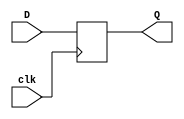
`timescale 1ns / 1ps
//////////////////////////////////////////////////////////////////////////////////
// Company: 
// Engineer: 
// 
// Design Name: 
// Module Name: D_FF_pos
// Project Name: 
// Target Devices: 
// Tool Versions: 
// Description: 
// 
// Dependencies: 
// 
// Revision:
// Revision 0.01 - File Created
// Additional Comments:
// 
//////////////////////////////////////////////////////////////////////////////////


module D_FF_pos(
    input D,
    input clk,
    output reg Q
    );
    
    always @(posedge clk)
    begin
        Q <= D;
    end
endmodule